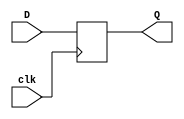
`timescale 1ns / 1ps
//////////////////////////////////////////////////////////////////////////////////
// Company: 
// Engineer: 
// 
// Design Name: 
// Module Name: D_FF_pos
// Project Name: 
// Target Devices: 
// Tool Versions: 
// Description: 
// 
// Dependencies: 
// 
// Revision:
// Revision 0.01 - File Created
// Additional Comments:
// 
//////////////////////////////////////////////////////////////////////////////////


module D_FF_pos(
    input D,
    input clk,
    output reg Q
    );
    
    always @(posedge clk)
    begin
        Q <= D;
    end
endmodule